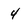
Character: 4